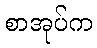
စာအုပ်က